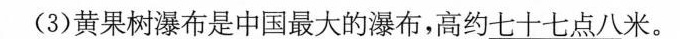
(3)黄果树瀑布是中国最大的瀑布，高约七十七点八米。